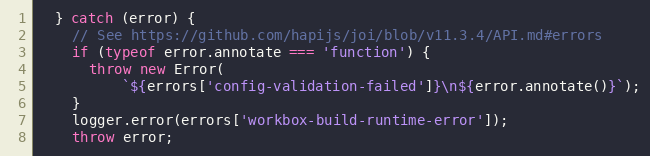
Language: JavaScript
  } catch (error) {
    // See https://github.com/hapijs/joi/blob/v11.3.4/API.md#errors
    if (typeof error.annotate === 'function') {
      throw new Error(
          `${errors['config-validation-failed']}\n${error.annotate()}`);
    }
    logger.error(errors['workbox-build-runtime-error']);
    throw error;